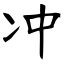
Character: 冲